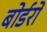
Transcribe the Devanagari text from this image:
बोर्डरों